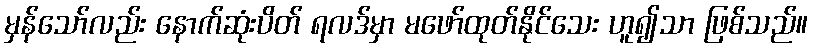
မှန်သော်လည်း နောက်ဆုံးပိတ် ရလဒ်မှာ မဖော်ထုတ်နိုင်သေး ဟူ၍သာ ဖြစ်သည်။